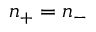
n _ { + } = n _ { - }